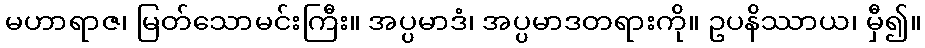
မဟာရာဇ၊ မြတ်သောမင်းကြီး။ အပ္ပမာဒံ၊ အပ္ပမာဒတရားကို။ ဥပနိဿာယ၊ မှီ၍။